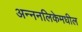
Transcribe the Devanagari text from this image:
अन्ननलिकेमधील